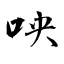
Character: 咉